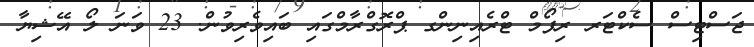
ޖަސްޓިސް ސެކްޓަރ ރިފޯމް ޓްރެއިނިންގ ޕްރޮގްރާމްގައި ބައިވެރިވުން. 23 ވަނަ ލޯ އޭޝިޔާ